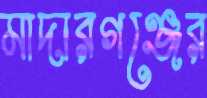
মাদারগঞ্জের